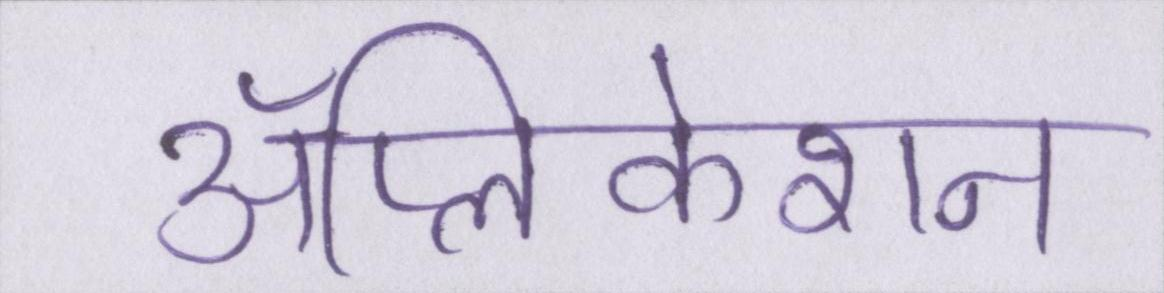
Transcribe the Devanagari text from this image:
ॲप्लिकेशन